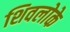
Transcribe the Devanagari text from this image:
शिवलोके